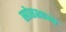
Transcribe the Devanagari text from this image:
स्रोतशान्त